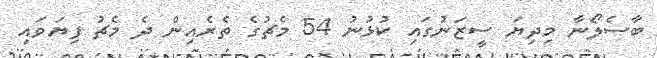
ބާސެލޯނާ މިދިޔަ ސީޒަނުގައި ކުޅުނު 54 މެޗުގެ ތެރެއިން ދެ މެޗު ފިޔަވައި